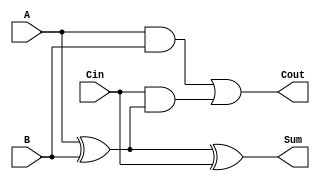
module FullAdder (
    input wire A,     // First input bit
    input wire B,     // Second input bit
    input wire Cin,   // Carry input
    output wire Sum,  // Resultant sum bit
    output wire Cout  // Carry output
);

// Internal signals
wire AxorB;

// Compute the Sum
assign AxorB = A ^ B;      // A XOR B
assign Sum = AxorB ^ Cin;  // (A XOR B) XOR Cin

// Compute the Carry Out
assign Cout = (A & B) | (Cin & AxorB); // (A AND B) OR (Cin AND (A XOR B))

endmodule